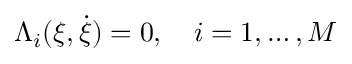
\Lambda _ { i } ( \xi , \dot { \xi } ) = 0 , \quad i = 1 , \dots , M